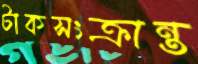
টাকসংক্রান্ত